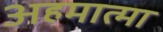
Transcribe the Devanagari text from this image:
अहमात्मा